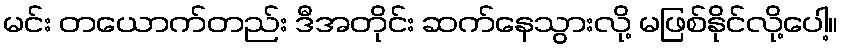
မင်း တယောက်တည်း ဒီအတိုင်း ဆက်နေသွားလို့ မဖြစ်နိုင်လို့ပေါ့။